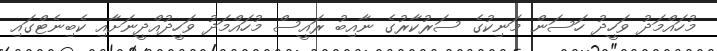
މުހައްމަދު ވަހީދު ހަސަން މަނިކުގެ ސަރުކާރުގެ ނާއިބު ރައީސް މުހައްމަދު ވަހީދުއްދީނަށާއި ކެބިނެޓްގައި